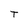
Character: T